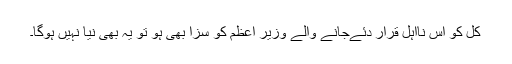
کل کو اس نااہل قرار دئےجانے والے وزیر اعظم کو سزا بھی ہو تو یہ بھی نیا نہیں ہوگا۔